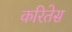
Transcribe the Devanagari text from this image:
करितेस